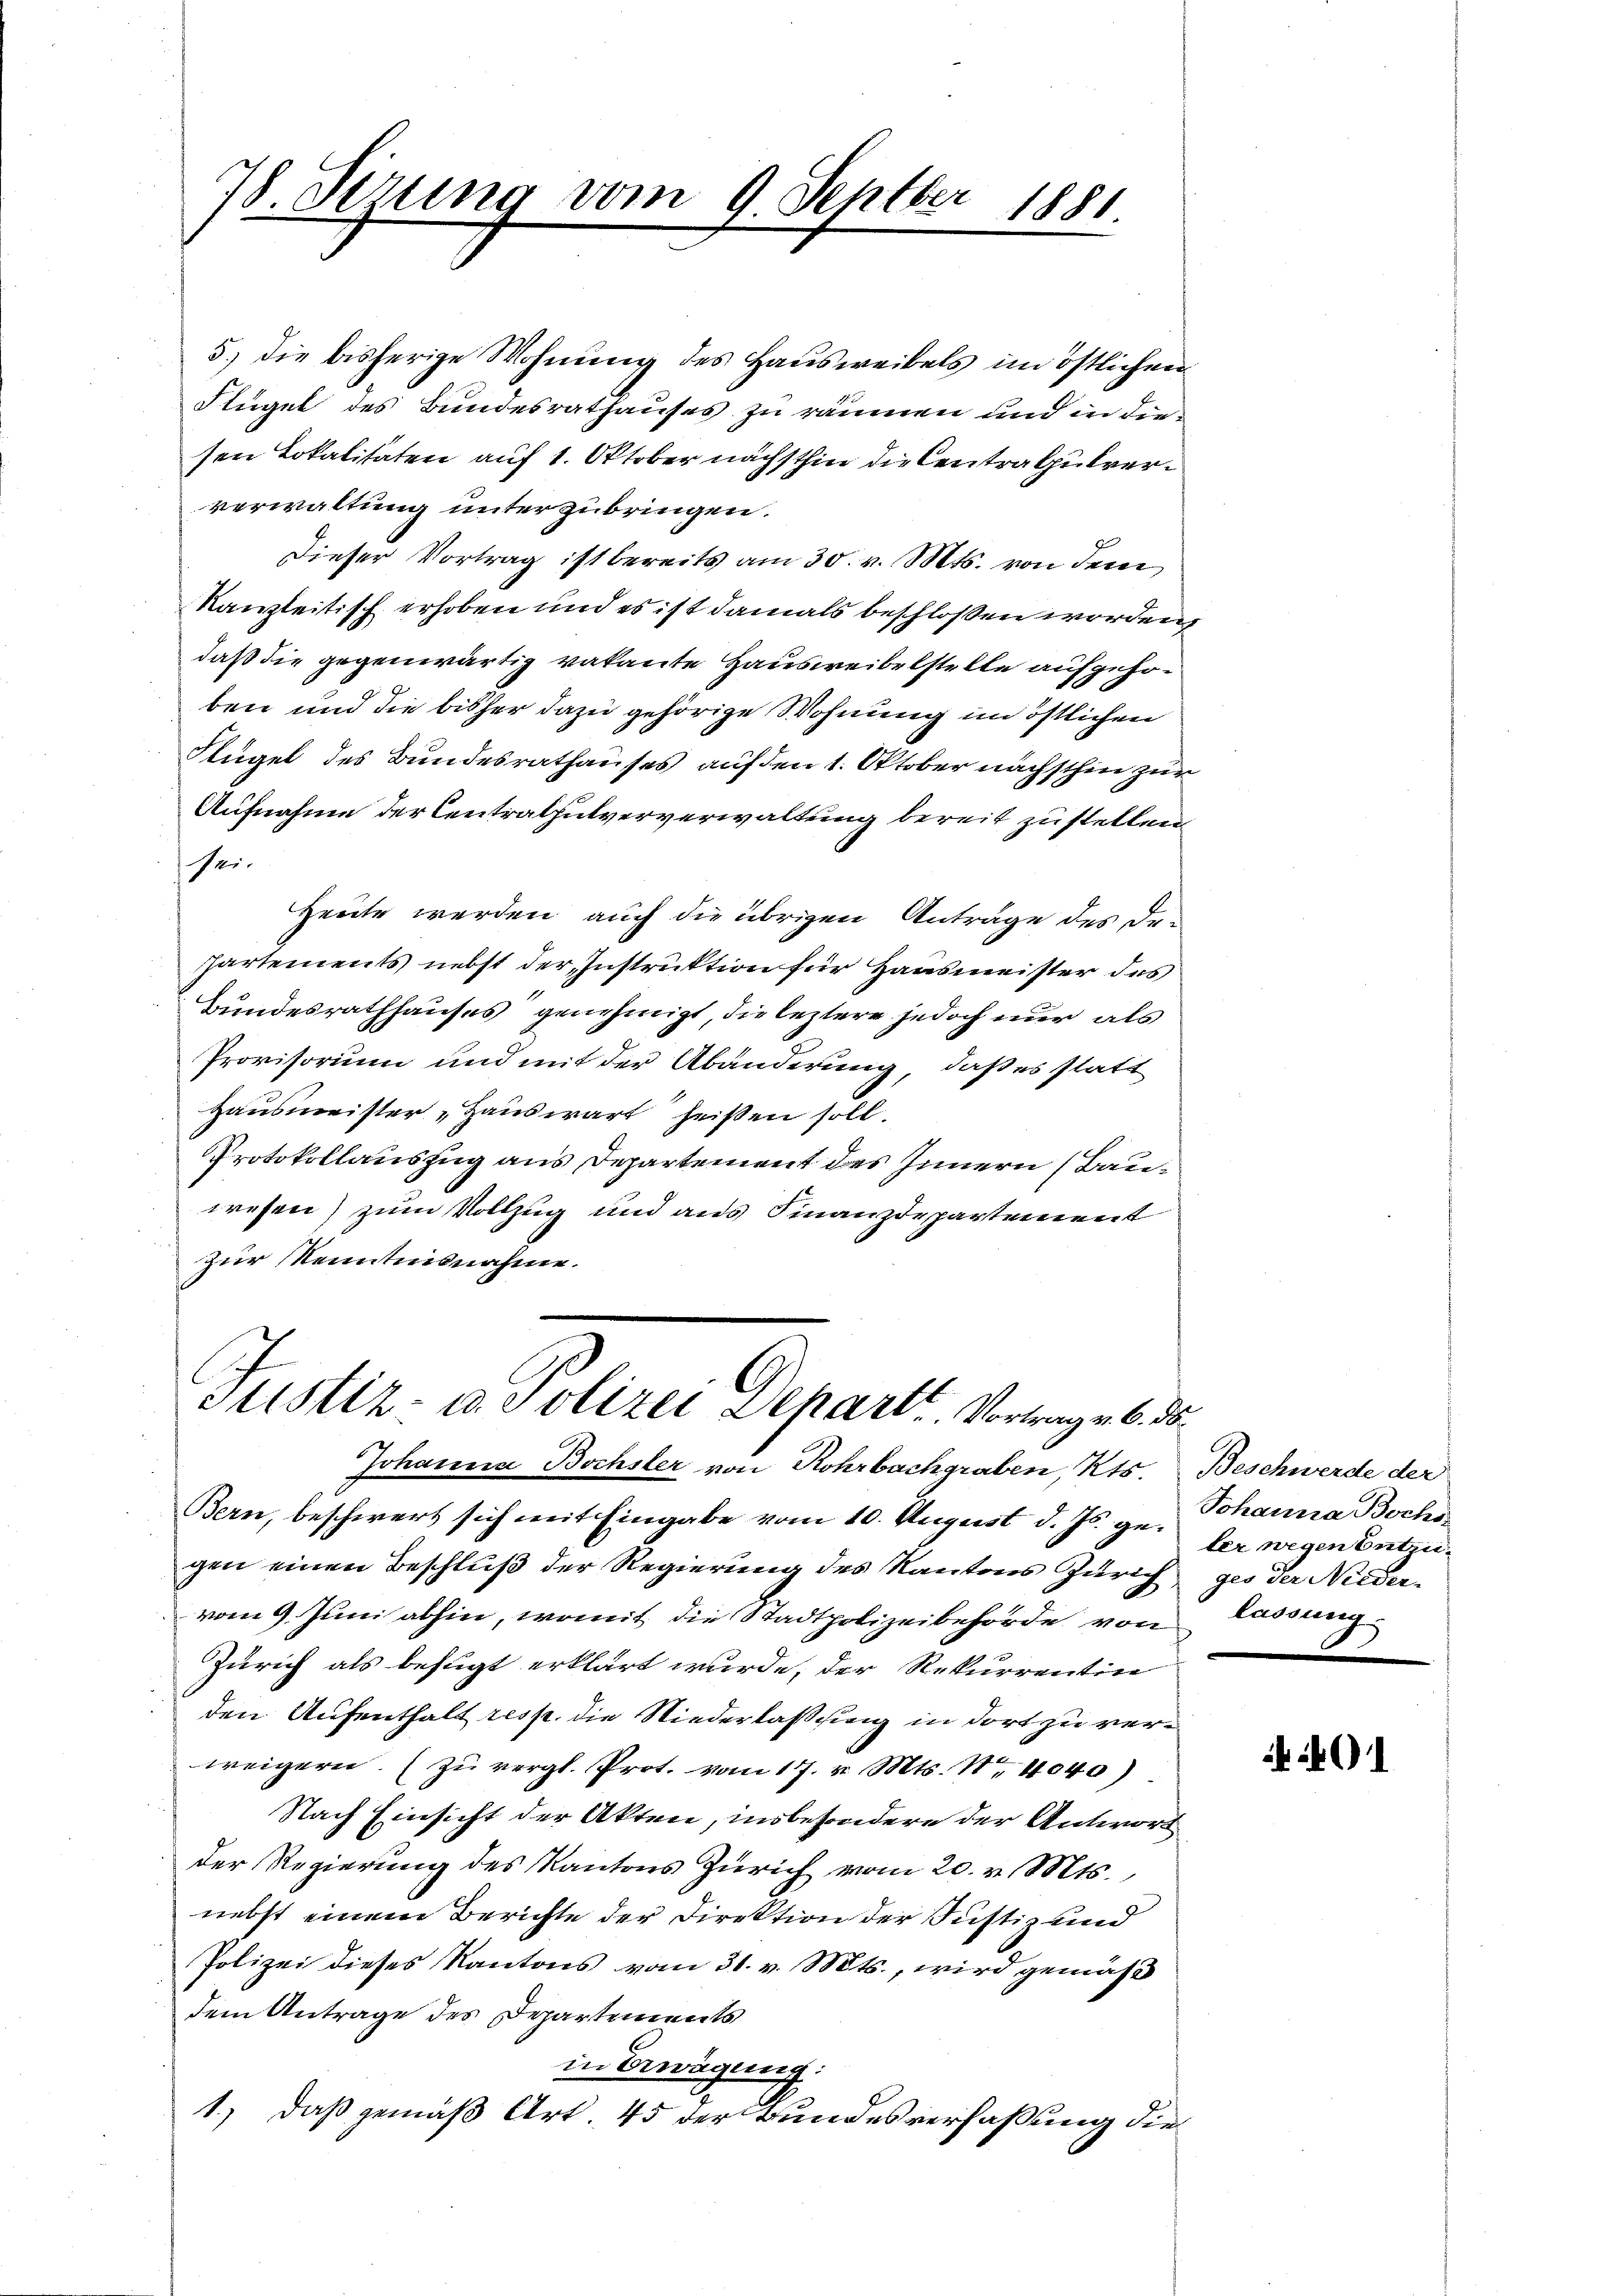
78. Sizung vom 9. Septbr 1881.

5.) die bisherige Wohnung des Hausweibels im östlichen
Flügel des Bundesrathauses zu räumen und in die
sen Lokalitäten auf 1. Oktober nächsthin die Centralpulververwaltung unterzubringen.
Dieser Vortrag ist bereits am 30. v. Mts. von dem
Kanzleitisch erhoben und es ist damals beschlossen worden
daß die gegenwärtig vakante Hausweibelstelle aufgehoben und die bisher dazu gehörige Wohnung im östlichen
Flügel des Bundesrathauses auf den 1. Oktober nächsthin zur
Aufnahme der Centralhulververwaltung bereit zustellen
sei.
Heute werden, auch die übrigen Anträge des De-
Partements nebst der Instruktion für Hausmeister des
Bundesrathhauses genehmigt, die leztere jedoch nur als
Provisorium und mit der Abänderung, daß es statt
Hausmeister Hauswart heißen soll.
Protokollauszug aus Departement des Innern (Bauwesen) zum Vollzug und aus Finanzdepartement
zur Kenntnisnahme.
Justiz- u. Polizei Depart. Vortragen 6. ds.
Johanna Bochsler von Rohrbachgraben, Kts.
Bern, beschwert sich mit Eingabe vom 10. August d. Js. gegen einen Beschluß der Regierung des Kantons Zürich ges der Niedervom 9. Juni abhin, womit die Stadtpolizeibehörde von lassung
Zürich als befugt erklärt wurde, der Rekurrentin
den Aufenthalt resp. die Niederlaßung in dort zu verweigern. (zu vergl. Prot. vom 17. v. Mts. N. 4040)
Nach Einsicht der Akten, insbesondere der Antwort
der Regierung des Kantons Zürich vom 20. v. Mts.,
nebst einem Berichte der Direktion der Justiz und
Polizei dieses Kantons vom 31. v. Mts., wird gemäß
dem Antrage des Departements
in Bewegung:
1.) Daß gemäß Art. 45 der Bundesverfaßung die

Beschwerde der
Johanna Bochs
ler wegen Entzu¬

401